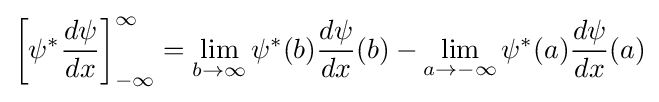
\left[\psi ^{*}{\frac {d\psi }{dx}}\right]_{-\infty }^{\infty }=\lim _{b\to \infty }\psi ^{*}(b){\frac {d\psi }{dx}}(b)-\lim _{a\to -\infty }\psi ^{*}(a){\frac {d\psi }{dx}}(a)